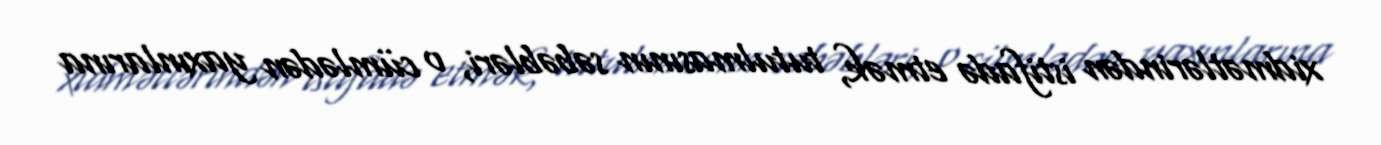
xidmətlərindən istifadə etmək, tutulmasının səbəbləri, o cümlədən yaxınlarına